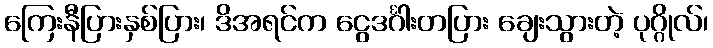
ကြေးနီပြားနှစ်ပြား၊ ဒိအရင်က ငွေဒင်္ဂါးတပြား ချေးသွားတဲ့ ပုဂ္ဂိုလ်၊